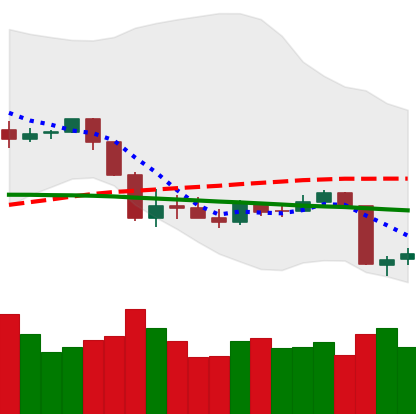
Ticker: XRP-USD
Chart end date: 2020-03-10
Forward return: -27.485%
Label: down_7plus